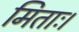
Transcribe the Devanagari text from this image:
मिताः।